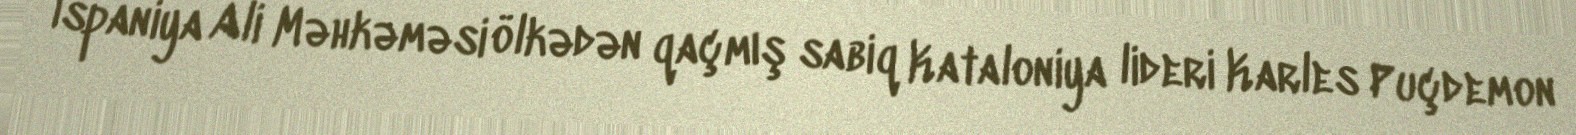
İspaniya Ali Məhkəməsi ölkədən qaçmış sabiq Kataloniya lideri Karles Puçdemon